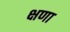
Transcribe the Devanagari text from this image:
क्षणा